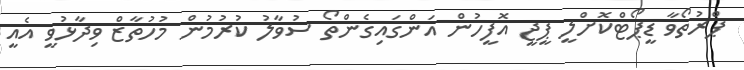
ޕްރުތޯވާ ޑީޕޯޓްކޮށްލީ ޕީޖީ އޮފީހުން އަންގައިގެންތޯ ސުވާލު ކުރުމުން މުހުތާޒް ވިދާޅުވީ އެއީ